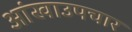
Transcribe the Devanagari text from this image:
आंखाउपचार